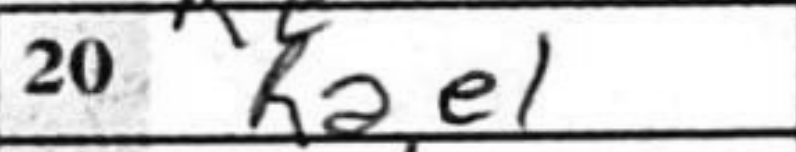
Transcription: Rae1